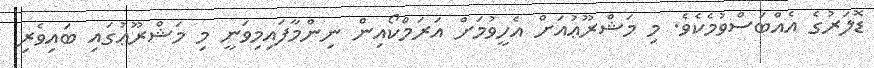
ޑޮލަރުގެ އެއްބަސްވުމެކެވެ. މި މަޝްރޫޢުއަށް އެހީވުމަށް އަރަމްކޯއިން ނިންމާފައިމިވަނީ މި މަޝްރޫޢުގައި ބައިވެރި